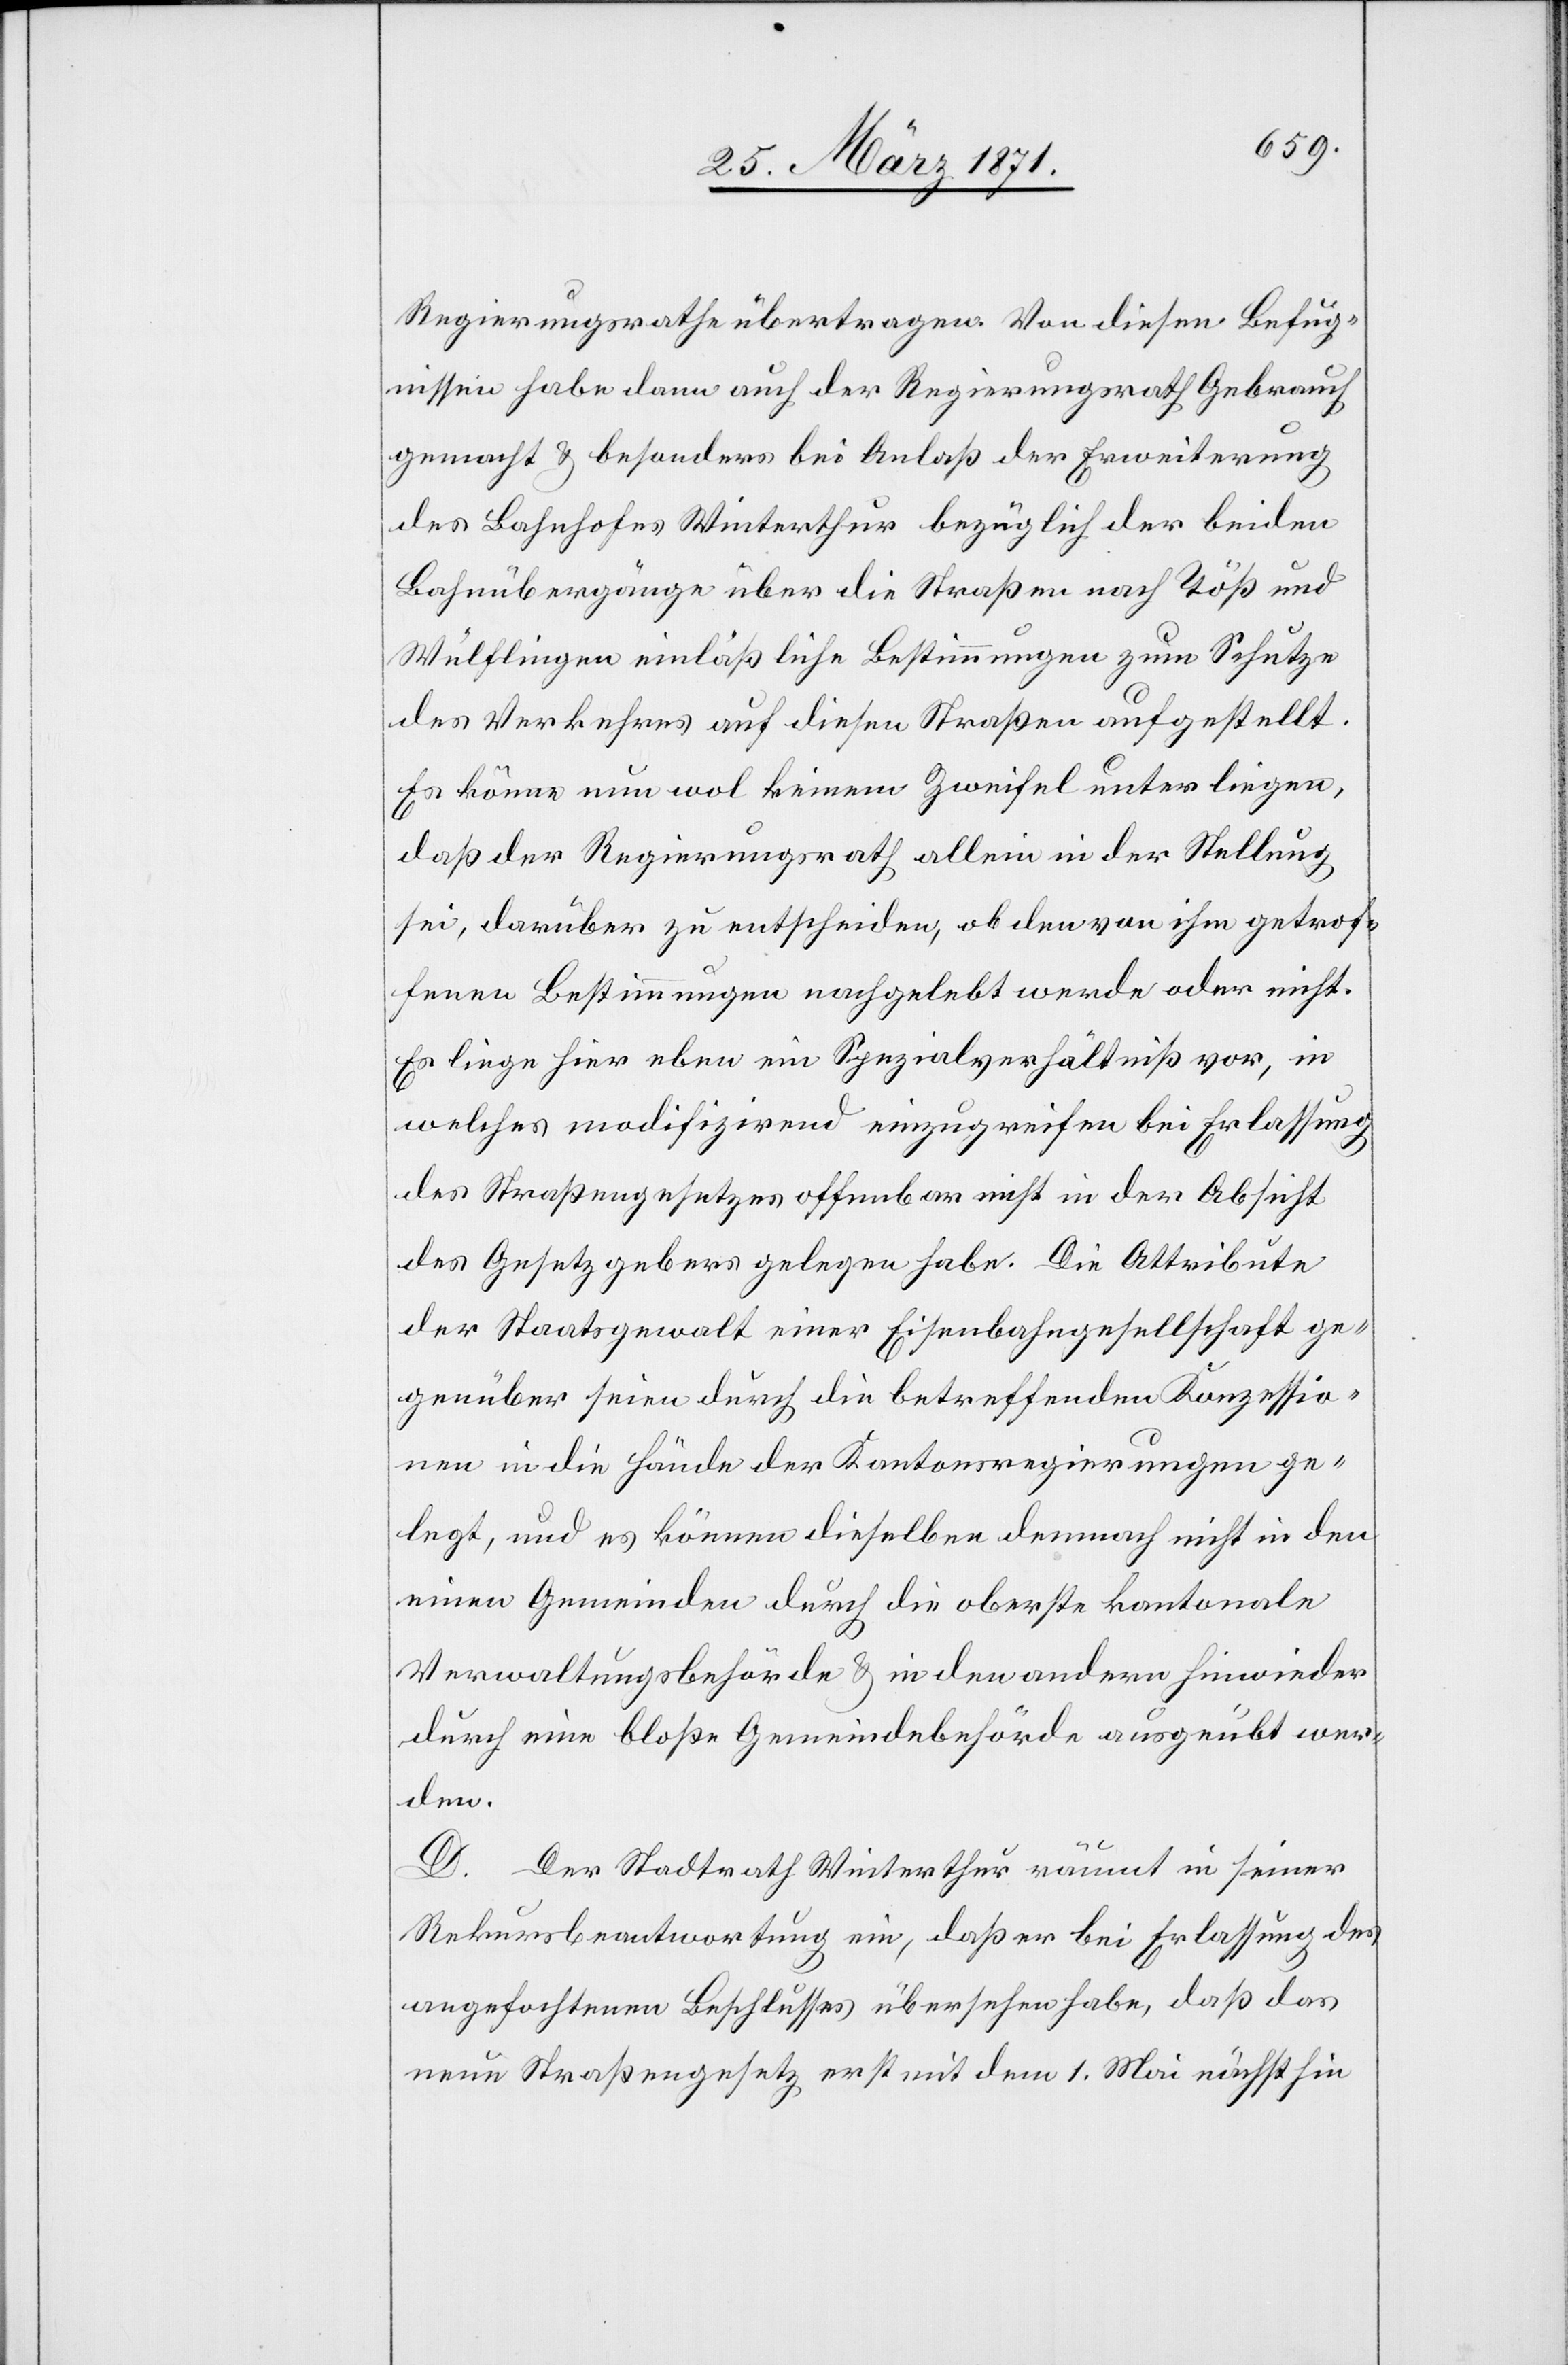
Regierungsrathe übertragen. Von diesen Befug¬
nissen habe dann auch der Regierungsrath Gebrauch
gemacht u. besonders bei Anlaß der Erweiterung
des Bahnhofes Winterthur bezüglich der beiden
Bahnübergänge über die Straßen nach Töß und
Wülflingen einläßliche Bestimmungen zum Schutze
des Verkehres auf diesen Straßen aufgestellt.
Es könne nun wol keinem Zweifel unterliegen,
daß der Regierungsrath allein in der Stellung
sei, darüber zu entscheiden, ob den von ihm getrof¬
fenen Bestimmungen nachgelebt werde oder nicht.
Es liege hier eben ein Spezialverhältniß vor, in
welches modifizirend einzugreifen bei Erlassung
des Straßengesetzes offenbar nicht in der Absicht
des Gesetzgebers gelegen habe. Die Attribute
der Staatsgewalt einer Eisenbahngesellschaft ge¬
genüber seien durch die betreffenden Konzessio¬
nen in die Hände der Kantonsregierungen ge¬
legt, und es können dieselben demnach nicht in den
einen Gemeinden durch die oberste kantonale
Verwaltungsbehörde u. in den andern hinwieder
durch eine bloße Gemeindebehörde ausgeübt wer¬
den.
D.
Der Stadtrath Winterthur räumt in seiner
Rekursbeantwortung ein, daß er bei Erlassung des
angefochtenen Beschlusses übersehen habe, daß das
neue Straßengesetz erst mit dem 1. Mai nächsthin